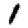
Digit: 1